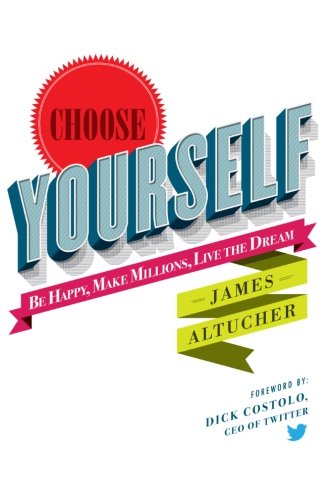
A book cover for Choose Yourself!; James Altucher; Business & Money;